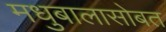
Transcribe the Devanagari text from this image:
मधुबालासोबत